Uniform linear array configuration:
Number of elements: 4
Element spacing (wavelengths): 0.5
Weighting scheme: cosine
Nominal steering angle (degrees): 60
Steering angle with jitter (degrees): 61.612
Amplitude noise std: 0.05
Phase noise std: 0.05

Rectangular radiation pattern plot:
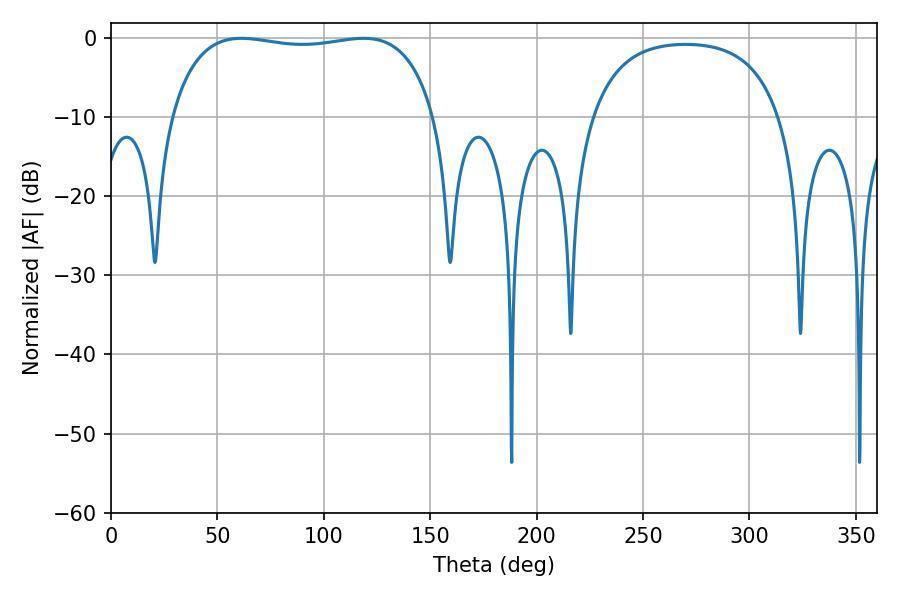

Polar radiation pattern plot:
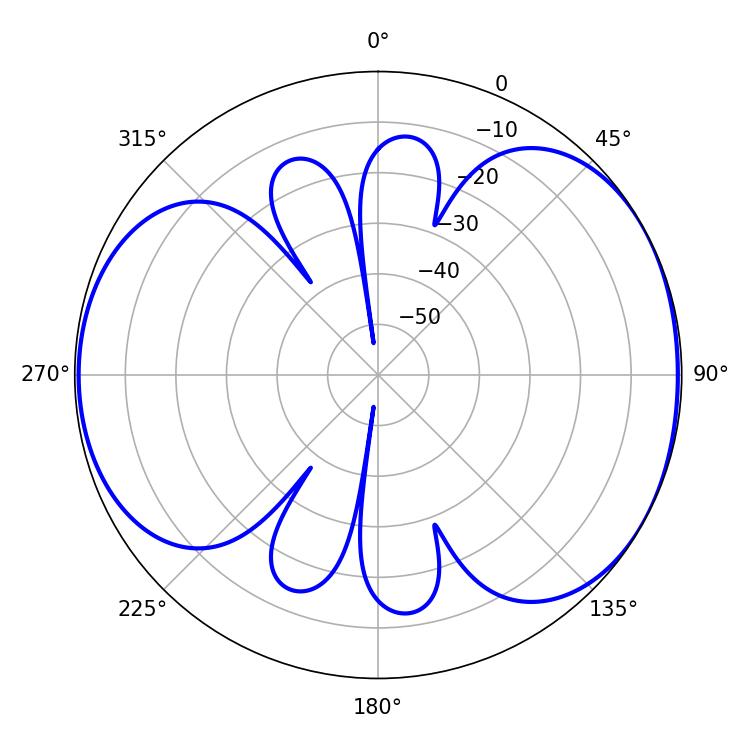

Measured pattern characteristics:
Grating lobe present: FALSE
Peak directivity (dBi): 5.199
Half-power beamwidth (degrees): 100.08
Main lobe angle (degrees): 61.2